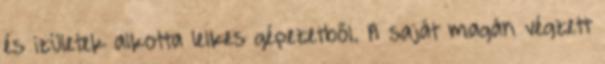
és izületek alkotta lelkes gépezetből. A saját magán végzett